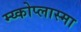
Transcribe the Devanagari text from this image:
म्य्कोप्लास्मा